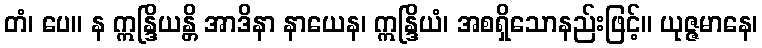
တံ၊ ပေ။ န ဣန္ဒြိယန္တိ အာဒိနာ နာယေန၊ ဣန္ဒြိယံ၊ အစရှိသောနည်းဖြင့်။ ယုဇ္ဇမာနေ၊